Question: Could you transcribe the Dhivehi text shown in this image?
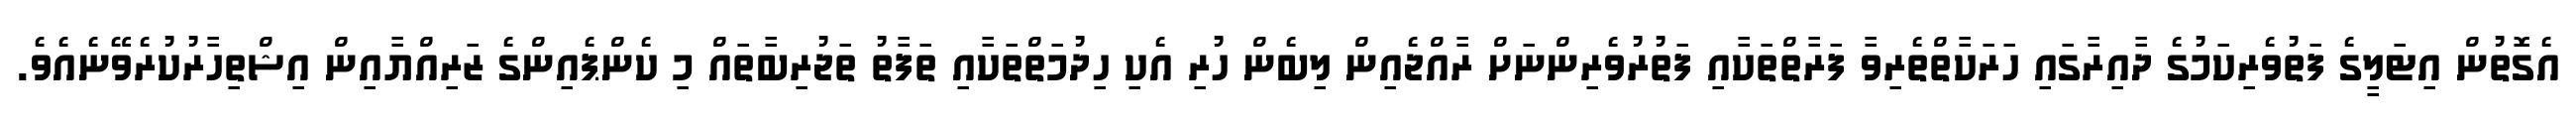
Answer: އެގޮތުން އިޓަލީގެ ފަތުވެރިކަމުގެ ދާއިރާގައި ހަރަކާތްތެރިވާ ފަރާތްތަކާއި ފަތުރުވެރިންނަށް ރާއްޖެއިން ލިބެން ހުރި އެކި ހިދުމަތްތަކާއި ތަފާތު ތަޖުރިބާތައް މި ކެންޕެއިންގެ ޒަރިއްޔާއިން އިޝްތިހާރުކުރެވޭނެއެވެ.